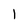
Character: l